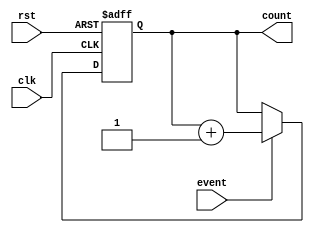
module Counter (
    input clk,
    input rst,
    input event,
    output reg [7:0] count
);

always @(posedge clk or posedge rst) begin
    if (rst) begin
        count <= 8'b0;
    end else if (event) begin
        count <= count + 1;
    end
end

endmodule